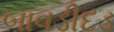
બાવડીદડ